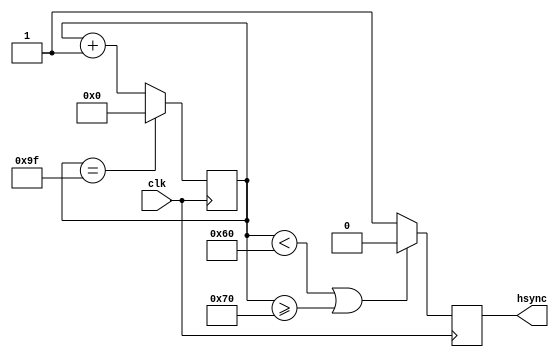
module HorizontalSyncGenerator(
    input wire clk,
    output reg hsync
);

parameter H_SYNC_START = 96;
parameter H_SYNC_END = 112;

reg [9:0] h_counter;

always @(posedge clk) begin
    if (h_counter < H_SYNC_START || h_counter >= H_SYNC_END)
        hsync <= 1'b0;
    else
        hsync <= 1'b1;

    if (h_counter == 159)
        h_counter <= 0;
    else
        h_counter <= h_counter + 1;
end
endmodule